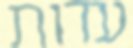
עדות